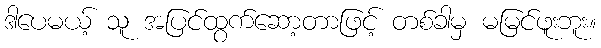
ဒါပေမယ့် သူ အပြင်ထွက်ဆော့တာဖြင့် တစ်ခါမှ မမြင်ဖူးဘူး။